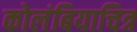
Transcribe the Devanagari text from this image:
कोलंबियाचित्र